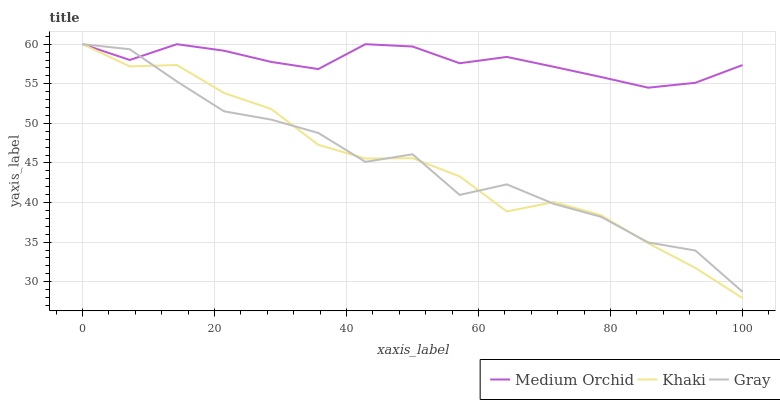
| xaxis_label | Medium Orchid | Khaki | Gray |
 | --- | --- | --- | --- |
 | 0 | 60 | 60 | 60 |
 | 7.14 | 58 | 57.2 | 59.4 |
 | 14.3 | 60 | 57.4 | 55.3 |
 | 21.4 | 59.2 | 53.8 | 51.5 |
 | 28.6 | 57.8 | 51.8 | 50.5 |
 | 35.7 | 56.9 | 47.3 | 48.8 |
 | 42.9 | 60 | 45.6 | 45.1 |
 | 50 | 59.7 | 45.6 | 46.1 |
 | 57.1 | 57.6 | 43.3 | 41 |
 | 64.3 | 58.4 | 38.9 | 42.3 |
 | 71.4 | 57.1 | 40.1 | 39.8 |
 | 78.6 | 55.9 | 38.4 | 38.2 |
 | 85.7 | 54.5 | 34.9 | 35 |
 | 92.9 | 55.1 | 31.7 | 33.9 |
 | 100 | 57.4 | 27.9 | 28.7 |